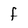
Character: f